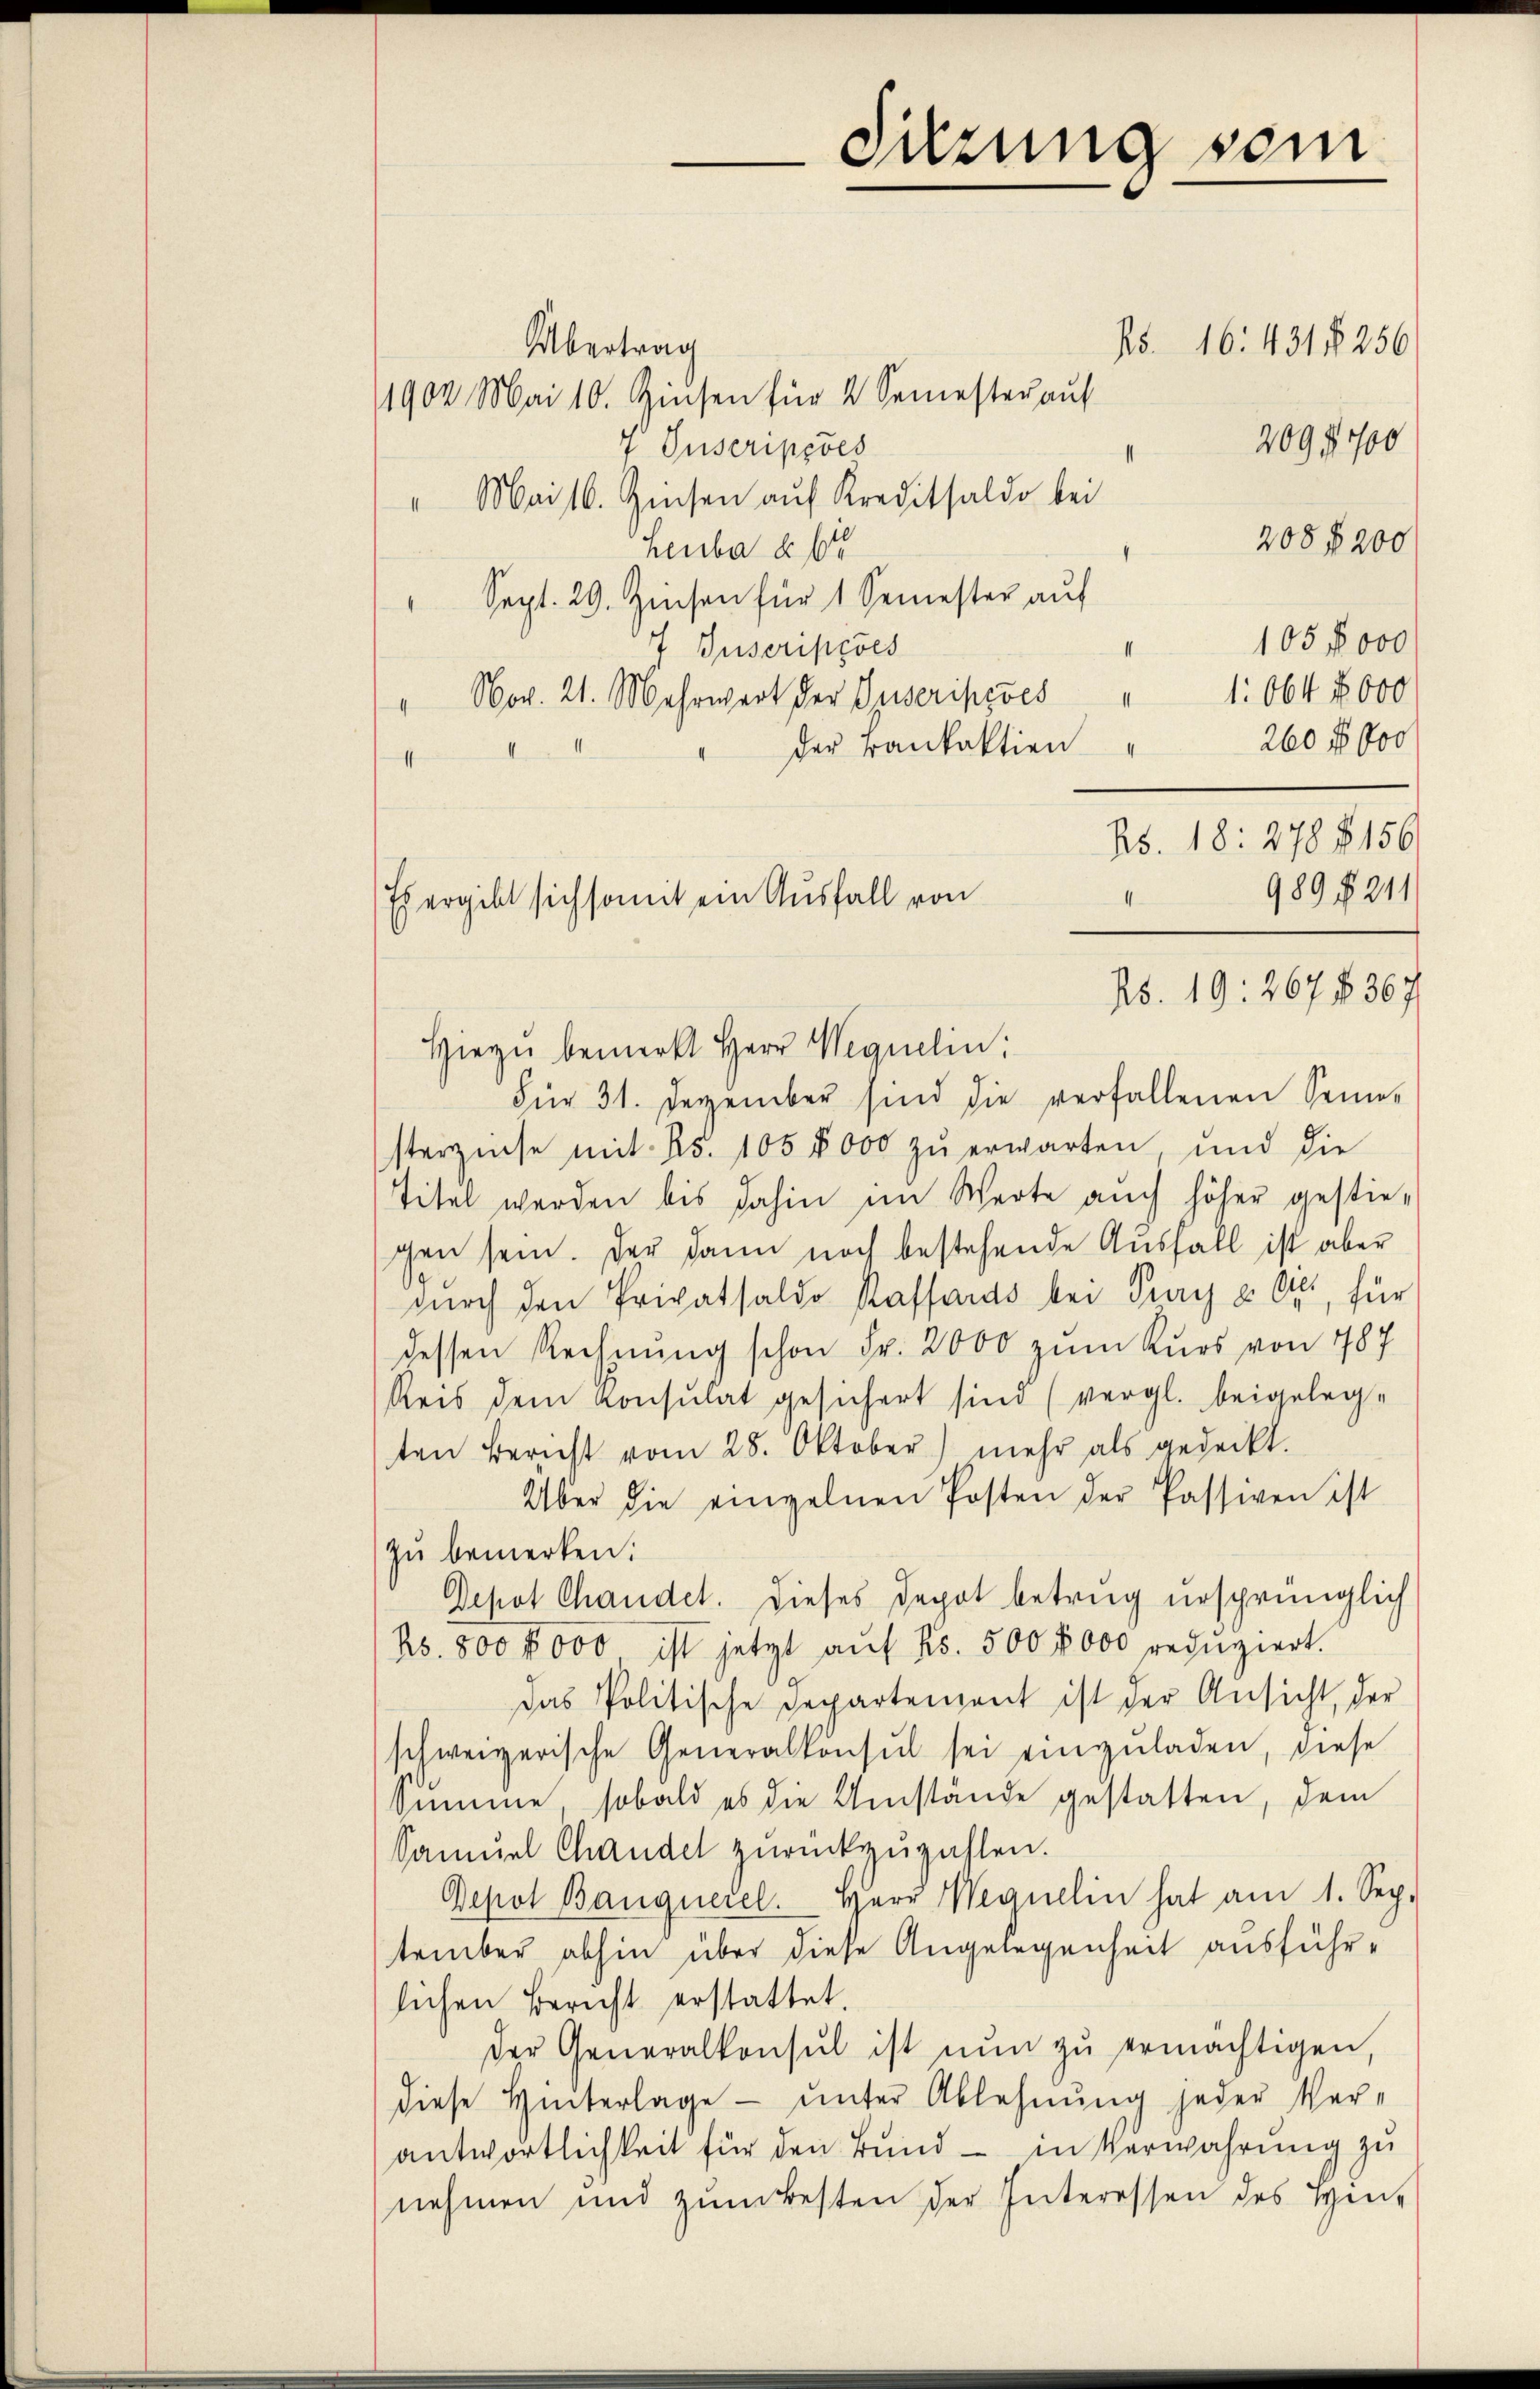
I
Es ergibt sich somit ein Ausfall von

Übertrag
1902 Mai 10. Zinsen für 2 Semester aŭf
7 Tuscriperes
" Mai 10. Zinsen aŭf Kreditsaldo bei
208 f 200
Heuba § 6
Sept. 29. Zinsen für 1 Semester auf
105 f 000
7 Puscripéves
II
1:064 x 000
" Nov. 21. Mehrwart der Guseripevés
260 f 000
der Bankaktion
.
I
25. 18: 278 § 156
989 § 211
Rs. 19: 267 f 367
Hiezu bemerkt Herr Wequelin,
Für 31. Dezember sind die verfallenen Senne-
sterzinse mit No. 105 8000 zŭ erwarten und die
titel werden bis dahin im Werte auch höher gestie-
gen sein. Der dann noch bestehende Ausfall ist aber
durch den Privatsaldo Kassards bei Tag u. Ott, für
dessen Rechnung schon Fr. 2000 zum Kurs von 787
Reis dem Konsulat gesichert sind (vergl. beigeleg-
ten Bericht vom 28. Oktober) mehr als gedeckt.
Über die einzelnen Posten der Passiven ist
zu bemerken:
Depot Chandet. Dieses Depot betrug ursprünglich
No. 800 f 000 ist jetzt aŭf Fr. 500 0000 redŭziert.
das Politische Departement ist der Ansicht, der
schweizerische Generalkonsul sei einzŭladen, diese
Summe, sobald es die Umstände gestatten, dem
Samuel Chandel zurückzuzahlen.
Depot Banquerel. Herr Weguelin hat am 1. Sep.
tember abhin über diese Angelegenheit ausführlichen Bericht erstattet.
der Generalkonsul ist nŭn zŭ ermächtigen,
diese Hinterlage unter Ablehnung jeder Ver-
antwortlichkeit für den Bund - in Verwahrung zu
nehmen und zŭm Besten der Interessen des Heu-

Sitzung sein

75. 16. 431 § 256
2097700